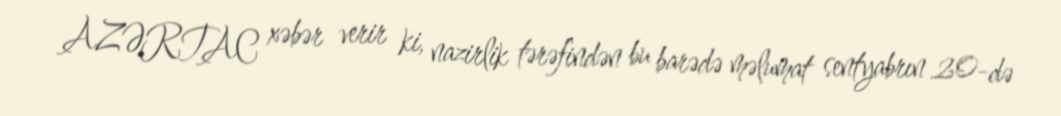
AZƏRTAC xəbər verir ki, nazirlik tərəfindən bu barədə məlumat sentyabrın 20-də